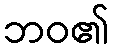
ဘဝ၏